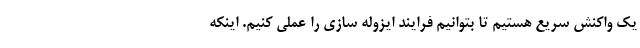
یک واکنش سریع هستیم تا بتوانیم فرایند ایزوله سازی را عملی کنیم. اینکه